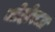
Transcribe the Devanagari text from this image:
जोहोरला